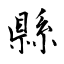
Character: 縣